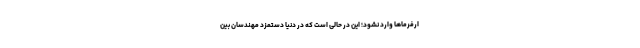
ارفرماها وارد نشود؛ این در حالی است که در دنیا دستمزد مهندسان بین